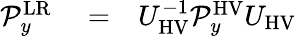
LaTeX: \begin{array}{rlr}{\mathcal{P}_{y}^{\mathrm{LR}}}&{{}=}&{U_{\mathrm{HV}}^{-1}\mathcal{P}_{y}^{\mathrm{HV}}U_{\mathrm{HV}}}\end{array}